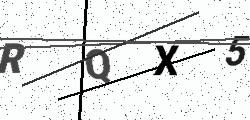
Text: RQX5